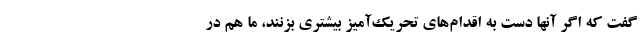
گفت که اگر آنها دست به اقدام‌های تحریک‌آمیز بیشتری بزنند، ما هم در